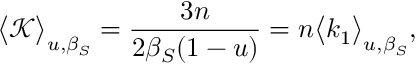
\big < \mathcal { K } \big > _ { u , \beta _ { S } } = \frac { 3 n } { 2 \beta _ { S } ( 1 - u ) } = n \big < k _ { 1 } \big > _ { u , \beta _ { S } } ,